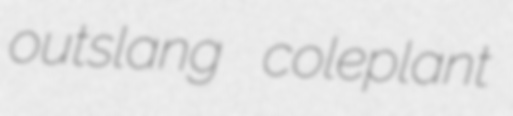
outslang coleplant